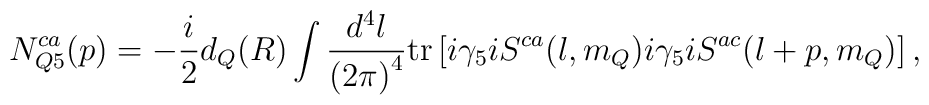
N_{Q5}^{ca}(p)=-\frac{i}{2}d_Q(R)\int \frac{d^4l}{{(2\pi)}^4}        {\rm tr}\left[i\gamma_5iS^{ca}(l,m_Q)i\gamma_5iS^{ac}(l+p,m_Q)\right],